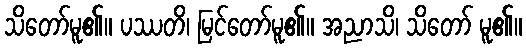
သိတော်မူ၏။ ပဿတိ၊ မြင်တော်မူ၏။ အညာသိ၊ သိတော် မူ၏။